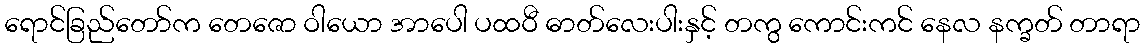
ရောင်ခြည်တော်က တေဇော ဝါယော အာပေါ ပထဝီ ဓာတ်လေးပါးနှင့် တကွ ကောင်းကင် နေလ နက္ခတ် တာရာ